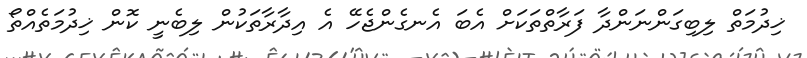
ޚިދުމަތް ލިބިގަންނަންދާ ފަރާތްތަކަށް އެބަ އެނގެންޖެހޭ އެ އިދާރާތަކުން ލިބެނީ ކޮން ޚިދުމަތެއްތޯ